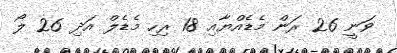
ވަނީ 26 ރަން މެޑެއްޔާއި 18 ރިހި މެޑެލް އަދި 26 ލޯ